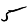
Digit: 5